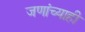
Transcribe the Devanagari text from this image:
जणांच्याही